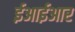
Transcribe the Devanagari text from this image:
ईआईआर